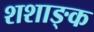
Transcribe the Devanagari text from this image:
शशाङ्क